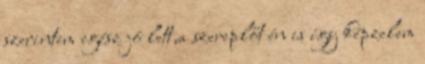
szerintem egész jó lett,a szereplőt én is így képzelem